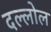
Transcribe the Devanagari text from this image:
दल्लोल